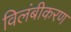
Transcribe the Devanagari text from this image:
विलंबीकरण